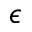
\epsilon